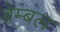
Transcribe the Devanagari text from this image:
ब्रेम्बल